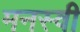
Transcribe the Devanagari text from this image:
मनस्‍वी